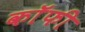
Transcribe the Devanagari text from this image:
कॉॅफी